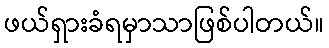
ဖယ်ရှားခံရမှာသာဖြစ်ပါတယ်။